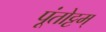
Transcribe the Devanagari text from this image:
पूंतोट्टम्